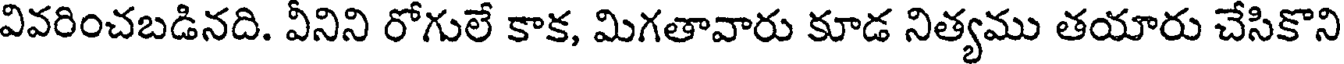
వివరించబడినది. వీనిని రోగులే కాక, మిగతావారు కూడ నిత్యము తయారు చేసికొని